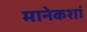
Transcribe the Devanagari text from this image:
मानेकशां